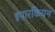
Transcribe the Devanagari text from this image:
इपारकियन